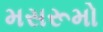
મસરૂમો